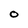
Character: O